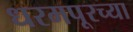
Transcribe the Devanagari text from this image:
धरमपूरच्या